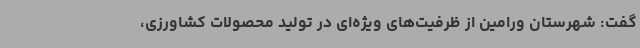
گفت: شهرستان ورامین از ظرفیت‌های ویژه‌ای در تولید محصولات کشاورزی،